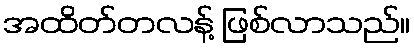
အထိတ်တလန့် ဖြစ်လာသည်။